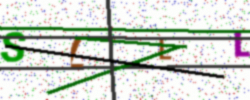
Text: SLLL